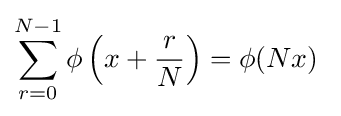
\sum _{r=0}^{N-1}\phi \left(x+{\frac {r}{N}}\right)=\phi (Nx)\